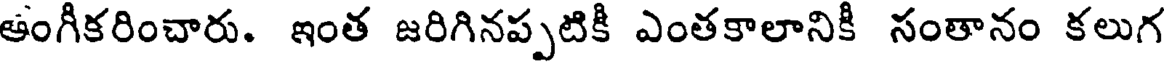
ఆంగీకరించారు. ఇంత జరిగినప్పటికీ ఎంతకాలానికీ సంతానం కలుగ